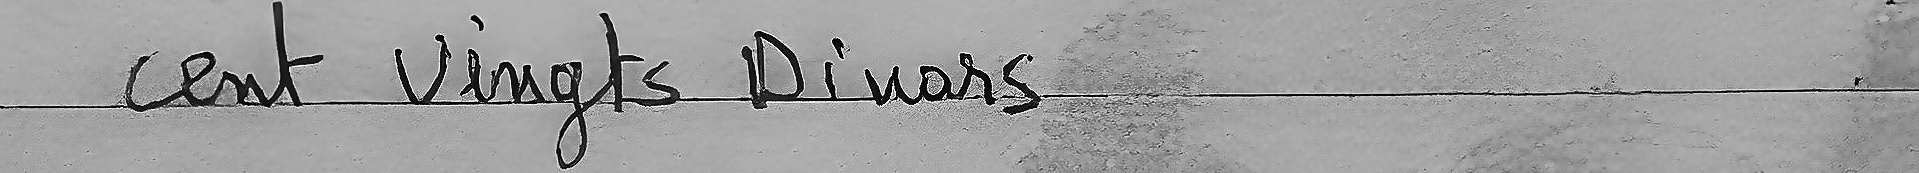
cent Vingts Dinars